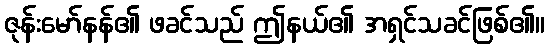
ဇုန်းမော်နန်၏ ဖခင်သည် ဤနယ်၏ အရှင်သခင်ဖြစ်၏။